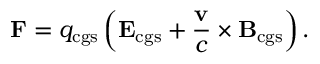
\mathbf { F } = q _ { \mathrm { c g s } } \left( \mathbf { E } _ { \mathrm { c g s } } + { \frac { \mathbf { v } } { c } } \times \mathbf { B } _ { \mathrm { c g s } } \right) .